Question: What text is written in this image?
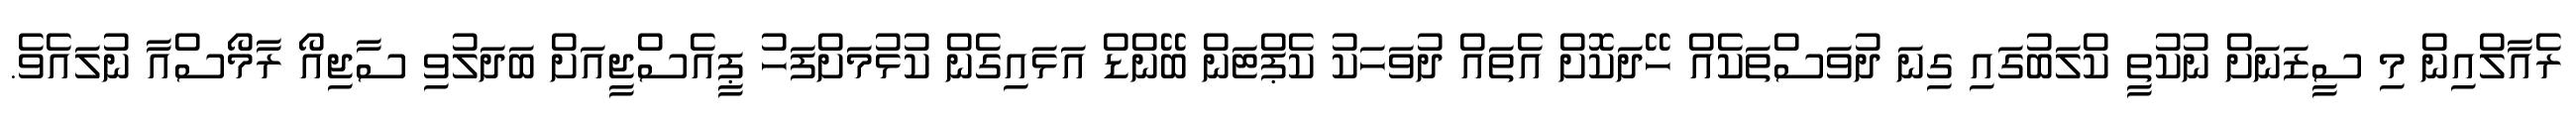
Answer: ރެއާލްއިން މި ސީޒަނަށް ނުކުތީ ކްލަބުގައި ގިނަ ދުވަސްތަކެއް ހޭދަކޮށް އެތައް ދުވަހަކު ކެޕްޓަން ބޭންޑް އަޅައިގެން ކުޅުމަށްފަހު ޕީއެސްޖީއަށް ބަދަލުވި ސާޖިއޯ ރާމޯސްއާ ނުލައެވެ.